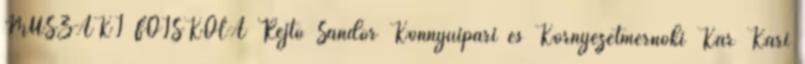
MŰSZAKI FŐISKOLA Rejtő Sándor Könnyűipari és Környezetmérnöki Kar Kari